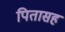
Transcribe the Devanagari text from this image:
पितासह